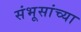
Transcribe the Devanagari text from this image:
संभूसांच्या